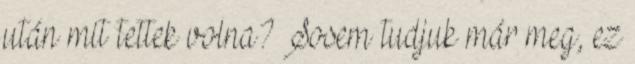
után mit tettek volna? Sosem tudjuk már meg, ez